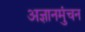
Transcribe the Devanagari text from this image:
अज्ञानमुंचन